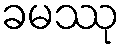
ခမဿု